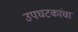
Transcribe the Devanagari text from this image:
उपघटकांचा